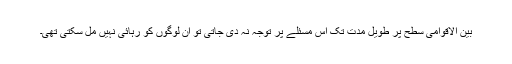
بین الاقوامی سطح پر طویل مدت تک اس مسئلے پر توجہ نہ دی جاتی تو ان لوگوں کو رہائی نہیں مل سکتی تھی۔